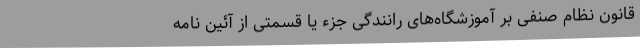
قانون نظام صنفی بر آموزشگاه‌های رانندگی جزء یا قسمتی از آئین نامه